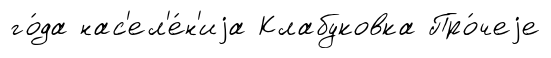
го́да нас'ел'е́н'иjа Клабуковка Про́чеjе